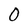
Character: O